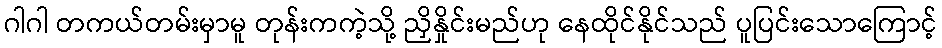
ဂါဂါ တကယ်တမ်းမှာမူ တုန်းကကဲ့သို့ ညှိနှိုင်းမည်ဟု နေထိုင်နိုင်သည် ပူပြင်းသောကြောင့်